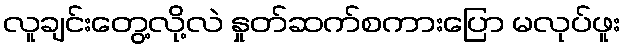
လူချင်းတွေ့လို့လဲ နှုတ်ဆက်စကားပြော မလုပ်ဖူး